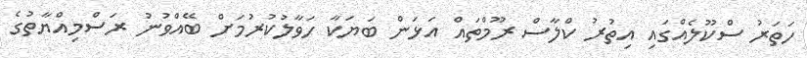
ހަތަރު ސްކޫލެއްގައި އިތުރު ކްލާސް ރޫމްތައް އަޅަން ބަޔަކާ ހަވާލުކުރުމަށް ބޭއްވުނު ރަސްމިއްޔާތުގެ